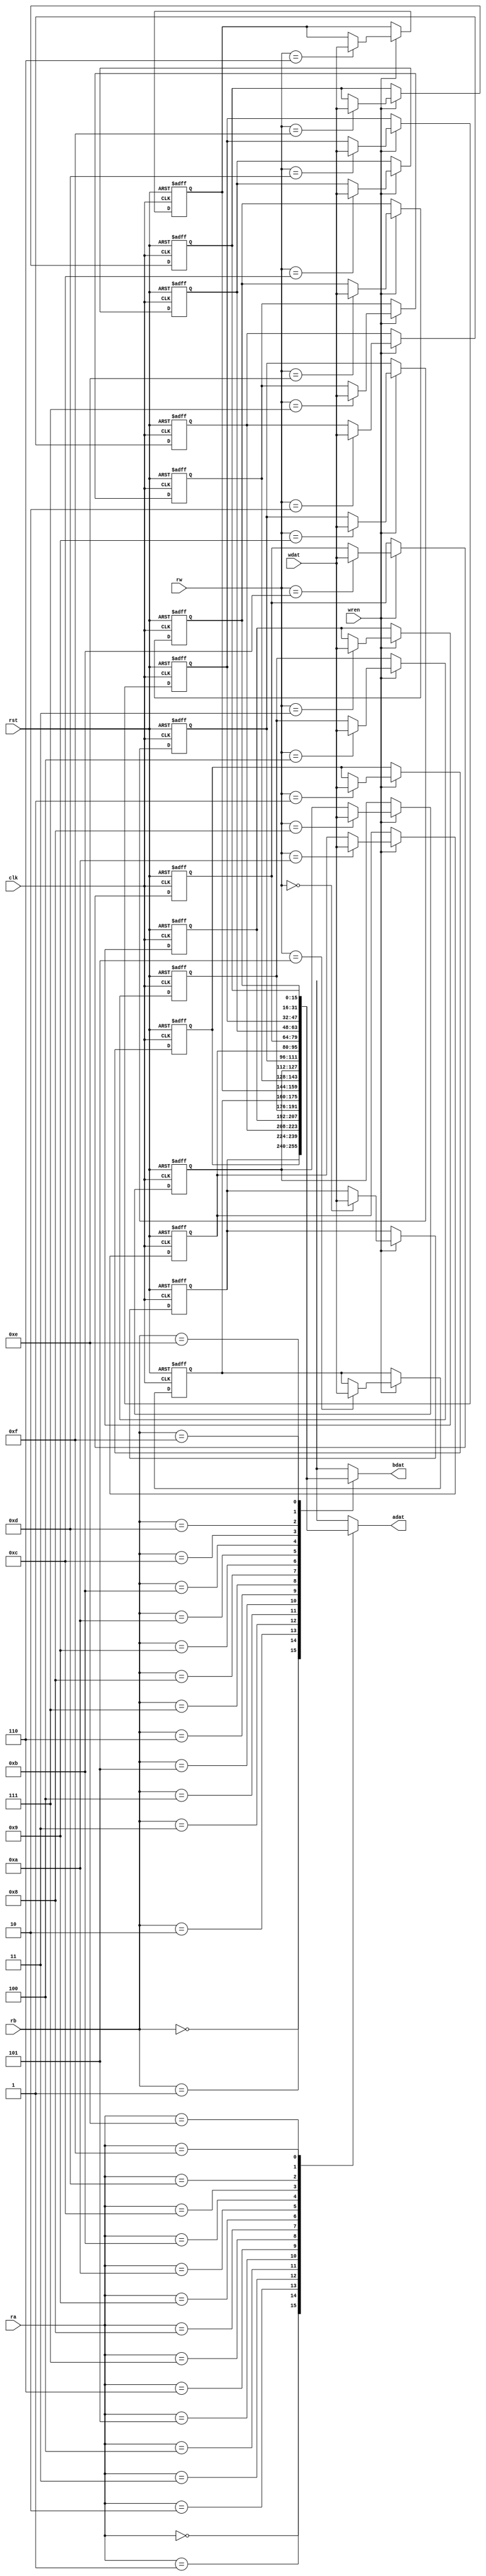
module regfileparam_behav_1 
	#(parameter BITSIZE = 16,
	  parameter ADDSIZE = 4)
	(output [BITSIZE-1:0] adat,
    output [BITSIZE-1:0] bdat,
    input [ADDSIZE-1:0] ra,	
    input [ADDSIZE-1:0] rb,	
    input [ADDSIZE-1:0] rw,	
    input [BITSIZE-1:0] wdat,
    input wren,
	 input clk, rst
    );
	 integer i;
	 reg [BITSIZE-1:0] array_reg [2**ADDSIZE-1:0]; 
	 always @(posedge clk, negedge rst) begin
		if(~rst) begin
			for(i = 0; i < 2**ADDSIZE; i = i + 1) begin
				array_reg[i] <= 0;
			end
		end
		else if(wren) begin
			array_reg[rw] <= wdat;
		end
	 end
	 assign adat = array_reg[ra];
	 assign bdat = array_reg[rb];
endmodule